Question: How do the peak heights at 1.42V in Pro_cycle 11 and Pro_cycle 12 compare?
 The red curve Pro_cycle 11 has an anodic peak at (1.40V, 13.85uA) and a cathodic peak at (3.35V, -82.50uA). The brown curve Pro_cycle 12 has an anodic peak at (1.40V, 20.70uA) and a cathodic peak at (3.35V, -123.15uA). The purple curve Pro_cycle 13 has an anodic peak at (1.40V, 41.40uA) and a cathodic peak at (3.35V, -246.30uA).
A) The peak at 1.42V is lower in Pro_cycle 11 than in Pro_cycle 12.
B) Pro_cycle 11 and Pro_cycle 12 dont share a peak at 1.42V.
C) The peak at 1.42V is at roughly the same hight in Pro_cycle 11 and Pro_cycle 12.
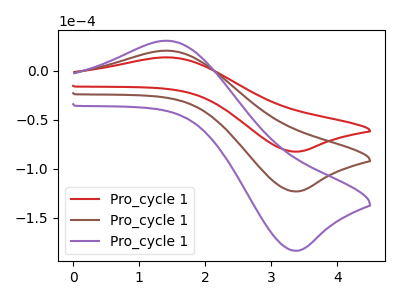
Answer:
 <answer>A) The peak at 1.42V is lower in "Pro_cycle 11" than in "Pro_cycle 12".</answer>
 <eval>A</eval>